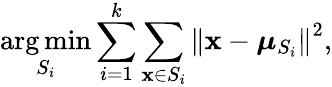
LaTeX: \underset{S_{i}}{\arg\operatorname*{min}}\sum_{i=1}^{k}\sum_{\mathbf{x}\in S_{i}}\left\| \mathbf{x}-\boldsymbol{\mu}_{S_{i}}\right\| ^{2},